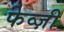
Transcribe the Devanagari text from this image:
फेव्ज़ी